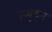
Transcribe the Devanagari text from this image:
स्प्यूटम